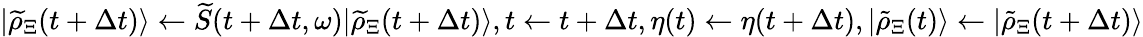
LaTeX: |\widetilde{\rho}_{\Xi}(t+\Delta t)\rangle\leftarrow\widetilde{S}(t+\Delta t,\omega)|\widetilde{\rho}_{\Xi}(t+\Delta t)\rangle,t\gets t+\Delta t,\eta(t)\gets\eta(t+\Delta t),|\tilde{\rho}_{\Xi}(t)\rangle\gets|\tilde{\rho}_{\Xi}(t+\Delta t)\rangle